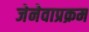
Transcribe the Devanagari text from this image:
जेनेवाप्रक्रम